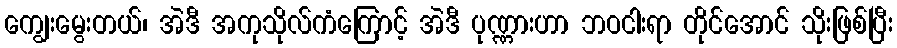
ကျွေးမွေးတယ်၊ အဲဒီ အကုသိုလ်ကံကြောင့် အဲဒီ ပုဏ္ဏားဟာ ဘဝငါးရာ တိုင်အောင် သိုးဖြစ်ပြီး